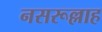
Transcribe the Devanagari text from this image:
नसरूल्लाह